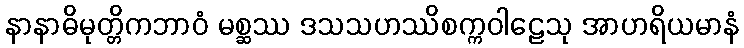
နာနာဓိမုတ္တိကဘာဝံ မစ္ဆဿ ဒသသဟဿိစက္ကဝါဠေသု အာဟရိယမာနံ